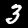
Label: 3